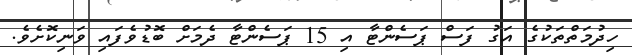
ހިދުމަތްތަކުގެ އަގު ފަސް ޕަސެންޓާ އި 15 ޕަސެންޓާ ދެމަށް ބޮޑުވެފައި ވަނިކޮށެވެ.